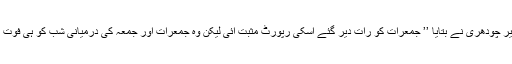
ڈاکٹر نذیر چودھری نے بتایا ’’ جمعرات کو رات دیر گئے اسکی رپورٹ مثبت آئی لیکن وہ جمعرات اور جمعہ کی درمیانی شب کو ہی فوت ہوگئی‘‘۔